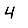
Digit: 4